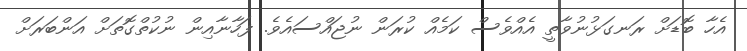
އެހާ ބޮޑަށް ރަނގަޅުނުވާތީ އެއްވެސް ކަމެއް ކުރަން ނުޖައްސައެވެ. ފަހާނާއިން ނުކުތްގޮތަށް އަންބަރަށް